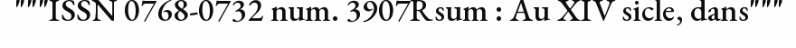
"""ISSN 0768-0732 num. 3907Rsum : Au XIV sicle, dans"""